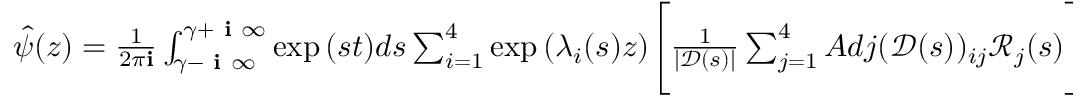
\begin{array} { r } { \hat { \psi } ( z ) = \frac { 1 } { 2 \pi \mathbf { i } } \int _ { \gamma - \textbf { i } \infty } ^ { \gamma + \textbf { i } \infty } \exp { ( s t ) } d s \sum _ { i = 1 } ^ { 4 } \exp { ( \lambda _ { i } ( s ) z ) } \Bigg [ \frac { 1 } { | \mathscr { D } ( s ) | } \sum _ { j = 1 } ^ { 4 } A d j ( \mathscr { D } ( s ) ) _ { i j } \mathscr { R } _ { j } ( s ) \Bigg ] } \end{array}